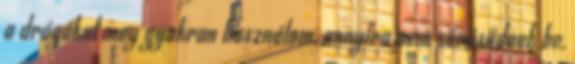
a drágákat meg gyakran használom, annyira nem sűrűsödnek be,